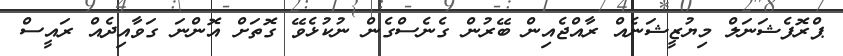
ޕްރޮފެޝަނަލް މިޔުޒީޝަނެއް ރާއްޖެއިން ބޭރުން ގެނެސްގެން ނުކުޅެވޭ ގޮތަށް އޮންނަ ގަވާއިދެއް ރައީސް